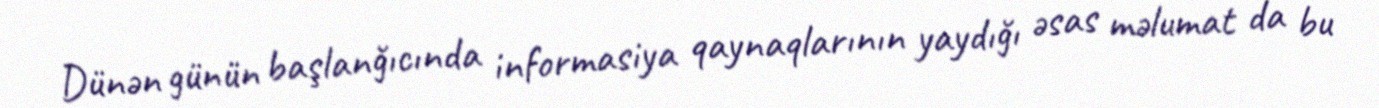
Dünən günün başlanğıcında informasiya qaynaqlarının yaydığı əsas məlumat da bu